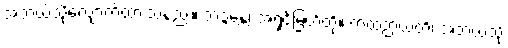
အဘယ်သို့လျှောက်ထားသနည်း။ ဘဒ္ဒန္တေ၊ အရှင်မြတ်တို့။ ကထံဉာယတိ၊ အဘယ်သို့